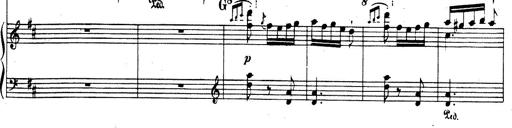
Title: Rhapsodie espagnole
Composer: Franz Liszt